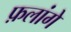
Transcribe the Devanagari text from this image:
फ़लांगे